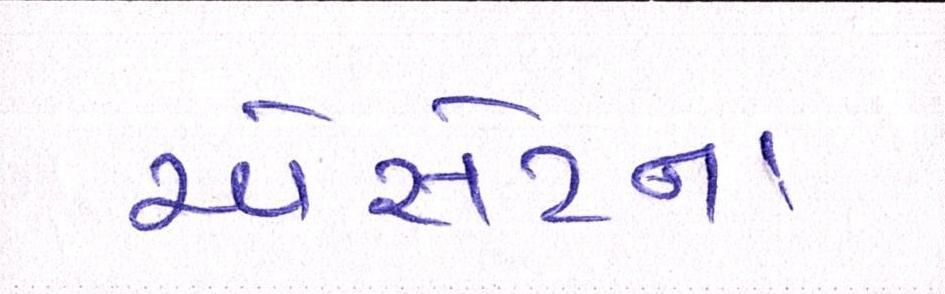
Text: એસેટના